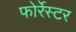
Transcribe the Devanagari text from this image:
फोर्रेस्टर